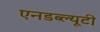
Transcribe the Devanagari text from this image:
एनडब्ल्यूटी